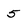
Character: 5